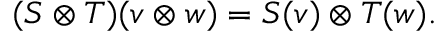
( S \otimes T ) ( v \otimes w ) = S ( v ) \otimes T ( w ) .